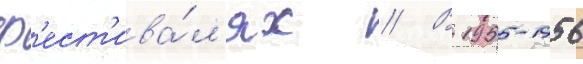
ф'ест'ива́л'ях // В 1955-1956